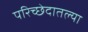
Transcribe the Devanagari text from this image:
परिच्छेदातल्या